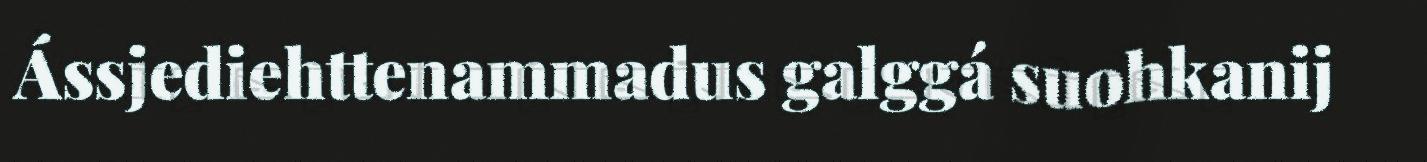
Ássjediehttenammadus galggá suohkanij